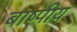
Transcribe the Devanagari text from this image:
बाष्पीय